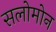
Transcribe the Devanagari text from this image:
सलोमोन